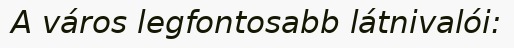
A város legfontosabb látnivalói: